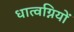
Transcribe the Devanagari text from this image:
धात्वग्नियों